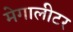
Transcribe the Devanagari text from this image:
मेगालीटर